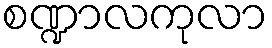
စဏ္ဍာလကုလာ